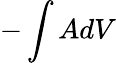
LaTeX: -\int AdV